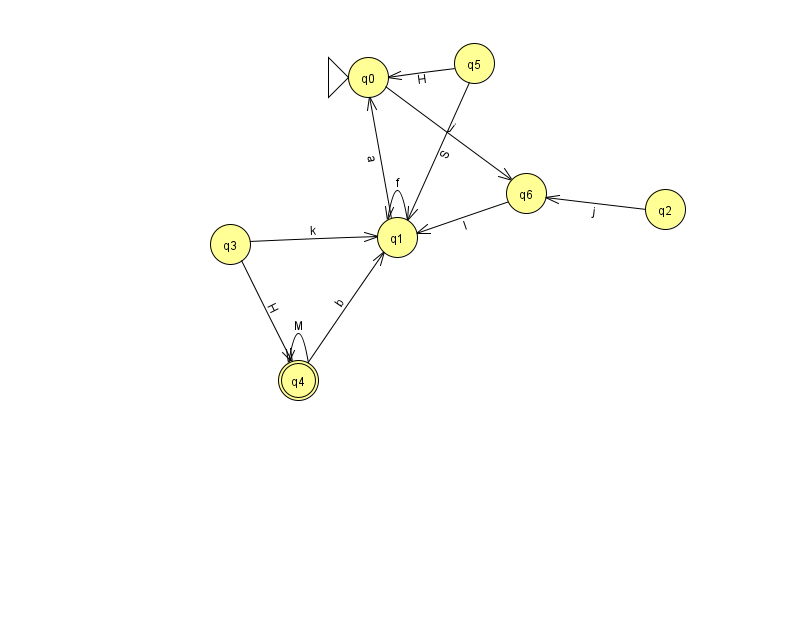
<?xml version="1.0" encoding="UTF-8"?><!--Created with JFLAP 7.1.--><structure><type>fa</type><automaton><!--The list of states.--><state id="0" name="q0"><x>368.0</x><y>64.0</y><initial/></state><state id="1" name="q1"><x>397.0</x><y>224.0</y></state><state id="2" name="q2"><x>665.0</x><y>196.0</y></state><state id="3" name="q3"><x>230.0</x><y>231.0</y></state><state id="4" name="q4"><x>298.0</x><y>367.0</y><final/></state><state id="5" name="q5"><x>474.0</x><y>50.0</y></state><state id="6" name="q6"><x>526.0</x><y>180.0</y></state><!--The list of transitions.--><transition><from>6</from><to>1</to><read>I</read></transition><transition><from>0</from><to>6</to><read>j</read></transition><transition><from>1</from><to>0</to><read>a</read></transition><transition><from>3</from><to>4</to><read>H</read></transition><transition><from>1</from><to>1</to><read>f</read></transition><transition><from>5</from><to>1</to><read>S</read></transition><transition><from>2</from><to>6</to><read>j</read></transition><transition><from>5</from><to>0</to><read>H</read></transition><transition><from>3</from><to>1</to><read>k</read></transition><transition><from>4</from><to>4</to><read>M</read></transition><transition><from>4</from><to>1</to><read>b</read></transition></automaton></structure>